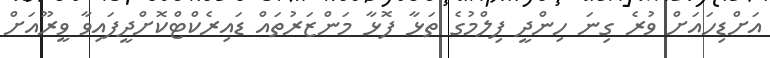
އަށްޑިހައަށް ވުރެ ގިނަ ހިންދީ ފިލްމުގެ ތަޅާ ފޮޅާ މަންޒަރުތައް ޑައިރެކްޓްކޮށްދީފައިވާ ވީރޫއަށް